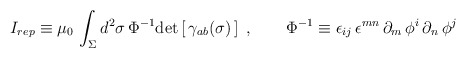
\begin{align*}I_{rep}\equiv \mu_0\, \int_\Sigma d^2\sigma\, \Phi^{-1}\mathrm{det}\left[\, \gamma_{ab}(\sigma)\,\right] \ ,\qquad\Phi^{-1}\equiv\epsilon_{ij}\,\epsilon^{mn}\,\partial_m\,\phi^i\, \partial_n\, \phi^j\end{align*}